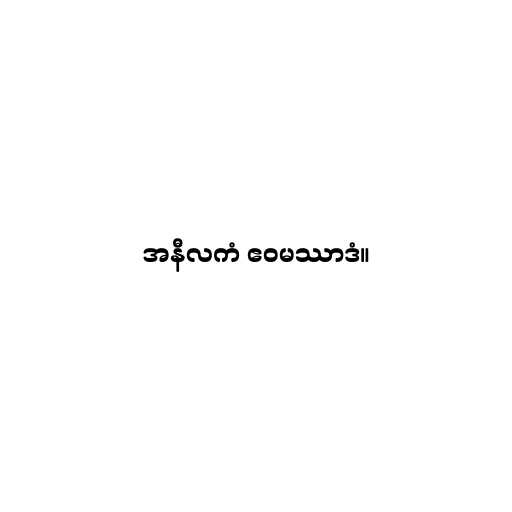
အနီလကံ ဧဝမဿာဒံ။